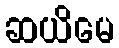
ဆယိမေ